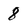
Character: 8